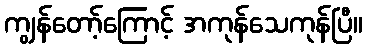
ကျွန်တော့်ကြောင့် အကုန်သေကုန်ပြီ။